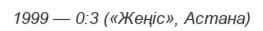
1999 — 0:3 («Жеңіс», Астана)